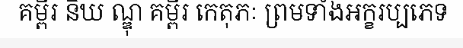
គម្ពីរ និឃ ណ្ឌុ គម្ពីរ កេតុភៈ ព្រមទាំងអក្ខរប្បភេទ